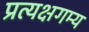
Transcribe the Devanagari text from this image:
प्रत्यक्षगम्य